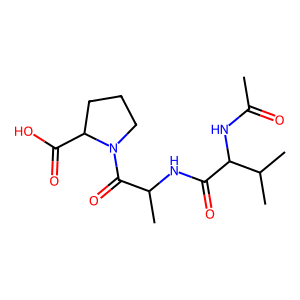
SMILES: CC(=O)NC(C(=O)NC(C)C(=O)N1CCCC1C(=O)O)C(C)C
Inhibits HIV replication: No